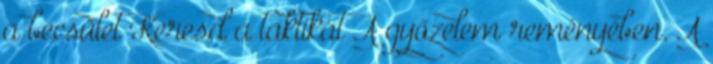
a becsület Keresd a taktikát A győzelem reményében. A